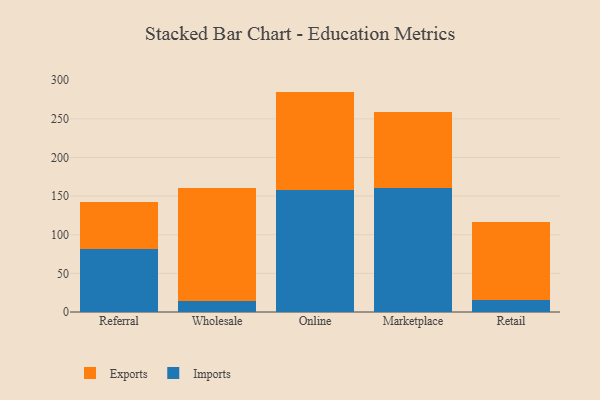
{"axis": {"x": "Channel", "y": "Page Views"}, "legend": ["Exports", "Imports"], "data": [{"x": "Referral", "y": 81.4, "type": "Imports"}, {"x": "Referral", "y": 61.4, "type": "Exports"}, {"x": "Wholesale", "y": 13.6, "type": "Imports"}, {"x": "Wholesale", "y": 147.3, "type": "Exports"}, {"x": "Online", "y": 158.4, "type": "Imports"}, {"x": "Online", "y": 126.9, "type": "Exports"}, {"x": "Marketplace", "y": 160.7, "type": "Imports"}, {"x": "Marketplace", "y": 97.6, "type": "Exports"}, {"x": "Retail", "y": 15.6, "type": "Imports"}, {"x": "Retail", "y": 100.4, "type": "Exports"}]}